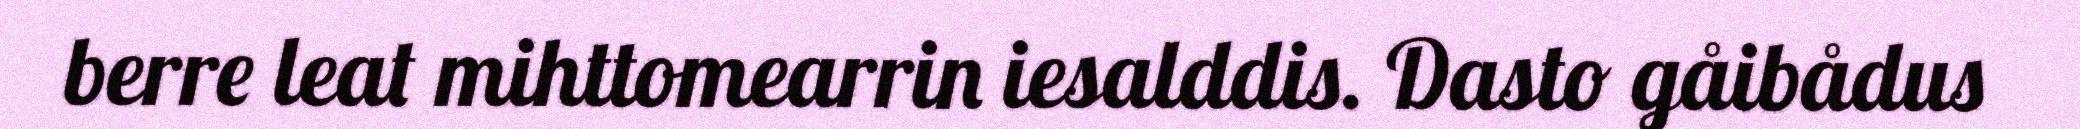
berre leat mihttomearrin iesalddis. Dasto gåibådus